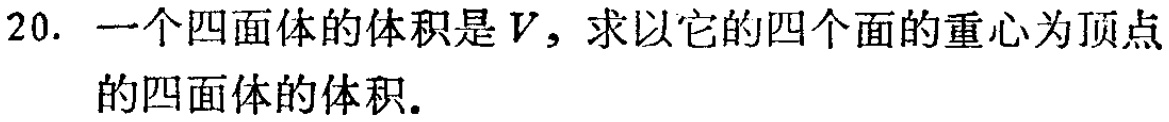
20. 一个四面体的体积是\(V\)，求以它的四个面的重心为顶点的四面体的体积.